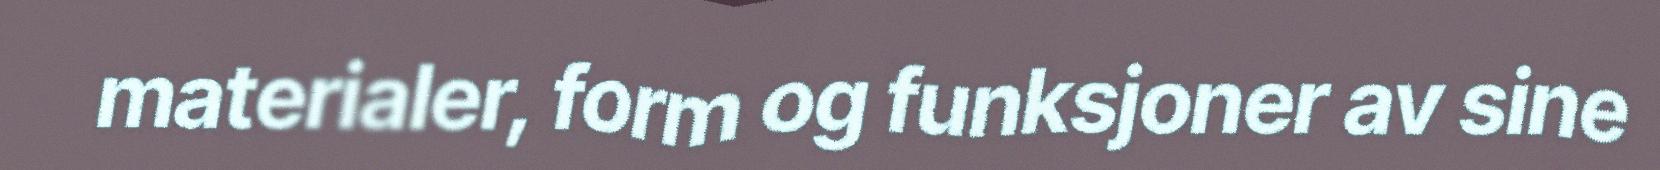
materialer, form og funksjoner av sine